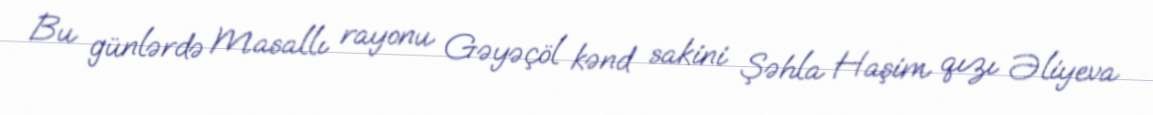
Bu günlərdə Masallı rayonu Gəyəçöl kənd sakini Şəhla Haşim qızı Əliyeva